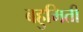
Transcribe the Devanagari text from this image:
बहुमिती